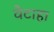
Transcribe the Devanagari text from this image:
वैटाहा